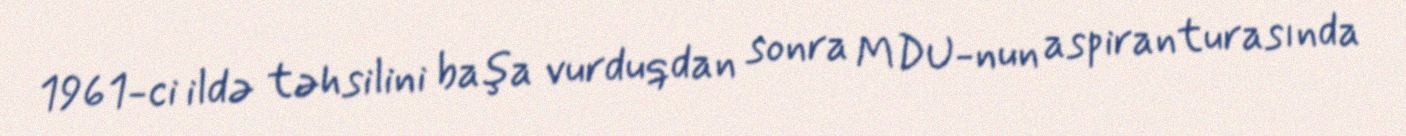
1961-ci ildə təhsilini başa vurduqdan sonra MDU-nun aspiranturasında